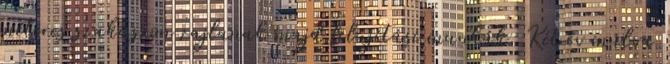
méteres szakaszon zajlanak majd felújítási munkák. Két év múlva